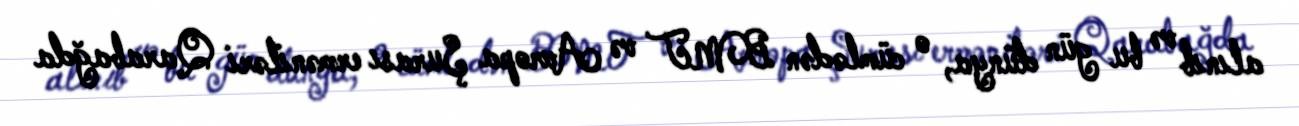
alınıb və bu gün dünya, o cümlədən BMT və Avropa Şurası erməniləri Qarabağda